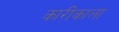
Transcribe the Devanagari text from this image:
कारीकाला